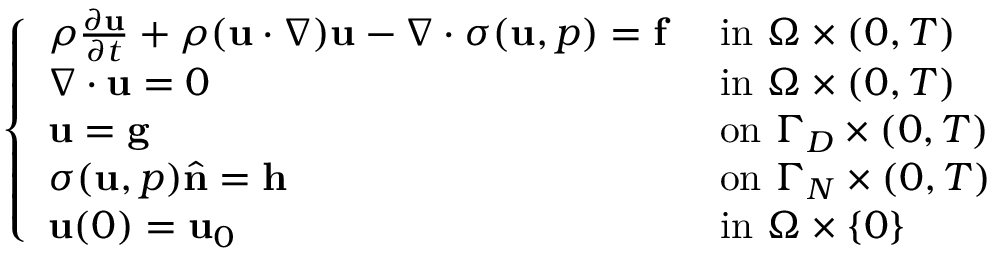
{ \left\{ \begin{array} { l l } { \rho { \frac { \partial \mathbf { u } } { \partial t } } + \rho ( \mathbf { u } \cdot \nabla ) \mathbf { u } - \nabla \cdot { \boldsymbol { \sigma } } ( \mathbf { u } , p ) = \mathbf { f } } & { { \mathrm { ~ i n ~ } } \Omega \times ( 0 , T ) } \\ { \nabla \cdot \mathbf { u } = 0 } & { { \mathrm { ~ i n ~ } } \Omega \times ( 0 , T ) } \\ { \mathbf { u } = \mathbf { g } } & { { \mathrm { ~ o n ~ } } \Gamma _ { D } \times ( 0 , T ) } \\ { { \boldsymbol { \sigma } } ( \mathbf { u } , p ) { \hat { \mathbf { n } } } = \mathbf { h } } & { { \mathrm { ~ o n ~ } } \Gamma _ { N } \times ( 0 , T ) } \\ { \mathbf { u } ( 0 ) = \mathbf { u } _ { 0 } } & { { \mathrm { ~ i n ~ } } \Omega \times \{ 0 \} } \end{array} \right. }